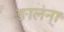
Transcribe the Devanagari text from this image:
ङालना